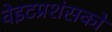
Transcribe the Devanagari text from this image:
वेइटप्रशंसकों